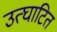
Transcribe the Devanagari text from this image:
उत्घाटित